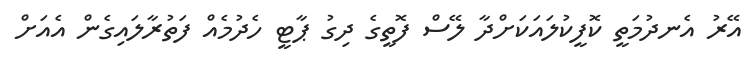
އޭރު އެނދުމަތީ ކޮފީކުލައަކަށްދާ ލޭސް ފޮތީގެ ދިގު ޕާޓީ ހެދުމެއް ފަތުރާލައިގެން އެއަށް